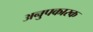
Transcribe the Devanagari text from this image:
अनुपकारक